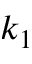
k _ { 1 }